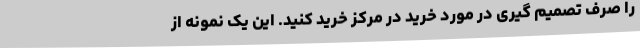
را صرف تصمیم گیری در مورد خرید در مرکز خرید کنید. این یک نمونه از